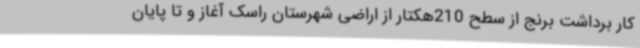
کار برداشت برنج از سطح 210هکتار از اراضی شهرستان راسک آغاز و تا پایان